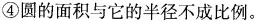
④圆的面积与它的半径不成比例。